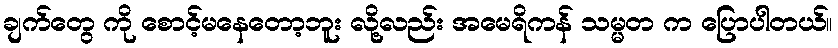
ချက်တွေ ကို စောင့်မနေတော့ဘူး လို့လည်း အမေရိကန် သမ္မတ က ပြောပါတယ်။